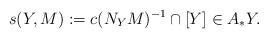
LaTeX: \begin{align*}s(Y,M):=c(N_YM)^{-1}\cap [Y]\in A_*Y.\end{align*}